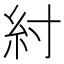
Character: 紂